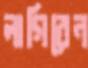
লাগিবেন